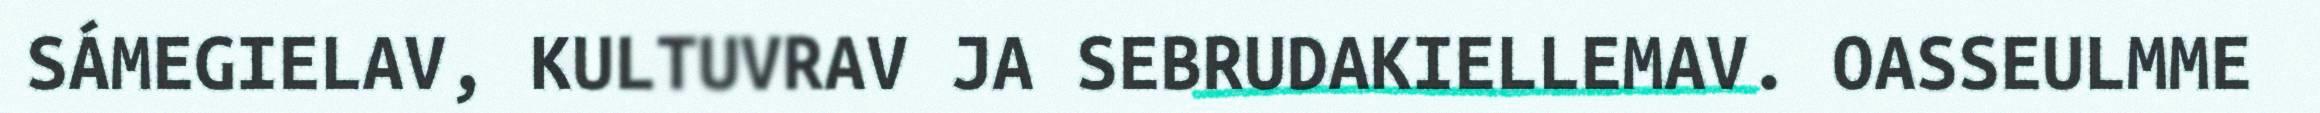
SÁMEGIELAV, KULTUVRAV JA SEBRUDAKIELLEMAV. OASSEULMME